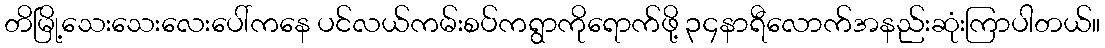
တိမြို့သေးသေးလေးပေါ်ကနေ ပင်လယ်ကမ်းစပ်ကရွာကိုရောက်ဖို့ ၃၄နာရီလောက်အနည်းဆုံးကြာပါတယ်။